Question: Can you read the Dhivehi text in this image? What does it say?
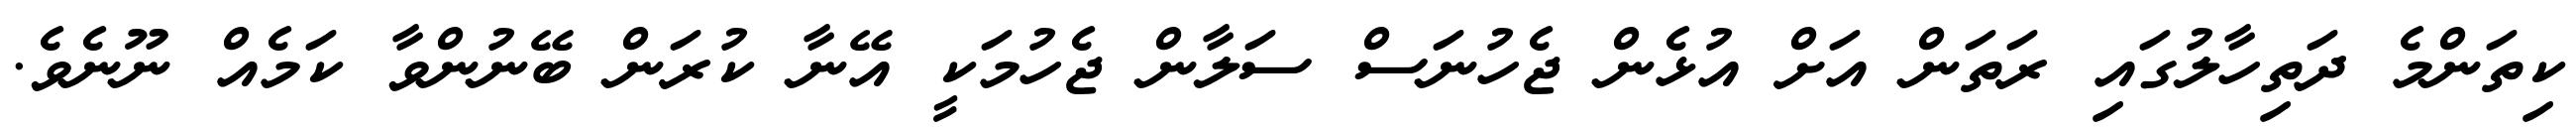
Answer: ކިތަންމެ ދަތިހާލުގައި ރަތަން އަށް އުޅެން ޖެހުނަސް ސަލާން ޖެހުމަކީ އޭނާ ކުރަން ބޭނުންވާ ކަމެއް ނޫނެވެ.